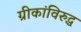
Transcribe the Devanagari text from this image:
ग्रीकांविरुद्ध